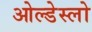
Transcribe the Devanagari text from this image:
ओल्डेस्लो